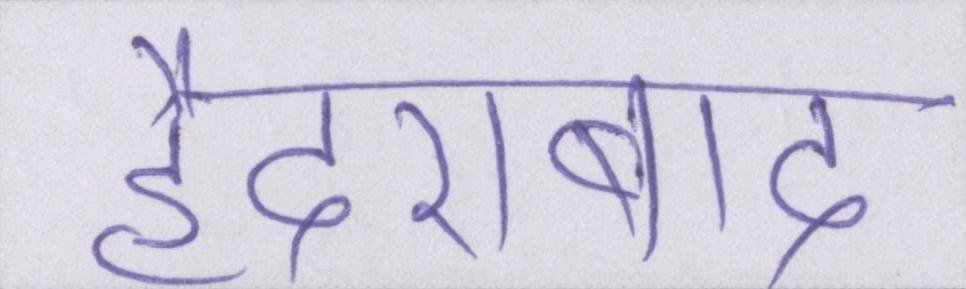
हैदराबाद